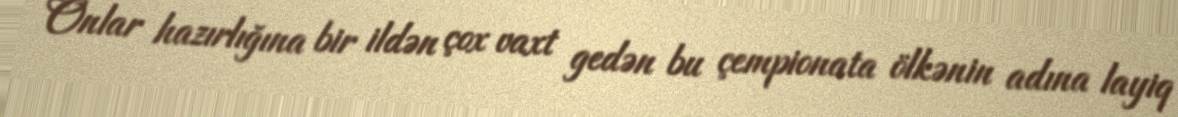
Onlar hazırlığına bir ildən çox vaxt gedən bu çempionata ölkənin adına layiq